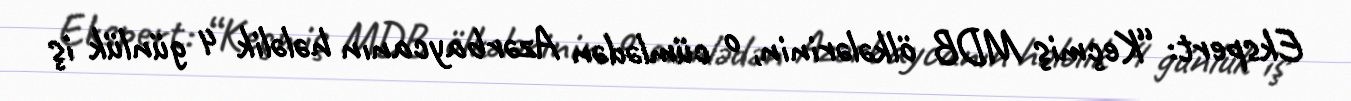
Ekspert: “Keçmiş MDB ölkələrinin, o cümlədən Azərbaycanın hələlik 4 günlük iş